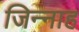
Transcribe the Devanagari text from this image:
जिन्‍नाह